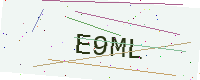
Text: E9ML